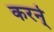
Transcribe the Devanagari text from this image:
करने्